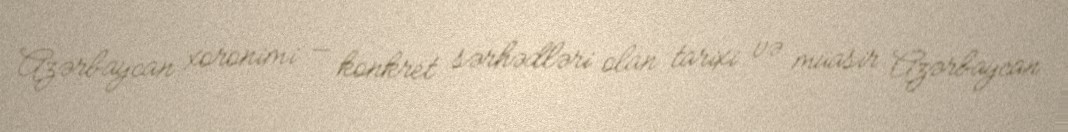
Azərbaycan xoronimi — konkret sərhədləri olan tarixi və müasir Azərbaycan